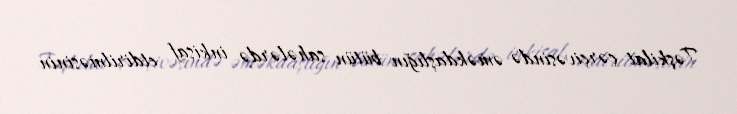
Təşkilat çərçivəsində əməkdaşlığın bütün sahələrdə inkişaf etdirilməsinin